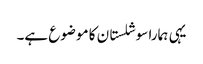
یہی ہمارا سوشلستان کا موضوع ہے۔